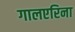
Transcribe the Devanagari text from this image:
गालएरिना